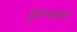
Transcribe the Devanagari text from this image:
ड्रैकेन्सबर्ग